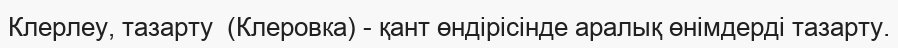
Клерлеу, тазарту  (Клеровка) - қант өндірісінде аралық өнімдерді тазарту.